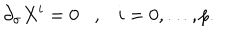
\partial _ { \sigma } X ^ { i } = 0 , i = 0 , \ldots , p .